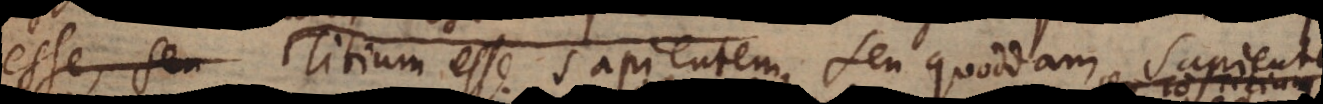
Titium esse sapientem, seu quoddam sapientem